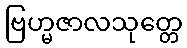
ဗြဟ္မဇာလသုတ္တေ